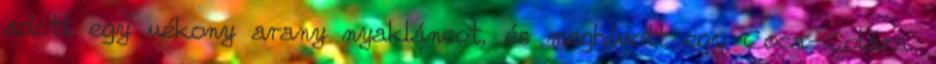
adott egy vékony arany nyakláncot, és meghívott egy Coca-Colára.